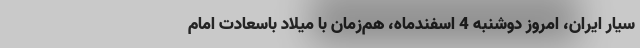
سیار ایران، امروز دوشنبه 4 اسفندماه، هم‌زمان با میلاد باسعادت امام